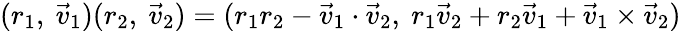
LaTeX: (r_{1},\ {\vec{v}}_{1})(r_{2},\ {\vec{v}}_{2})=(r_{1}r_{2}-{\vec{v}}_{1}\cdot{\vec{v}}_{2},\ r_{1}{\vec{v}}_{2}+r_{2}{\vec{v}}_{1}+{\vec{v}}_{1}\times{\vec{v}}_{2})